Calcutta medical institutions reports 1892-1900
Year: 1892
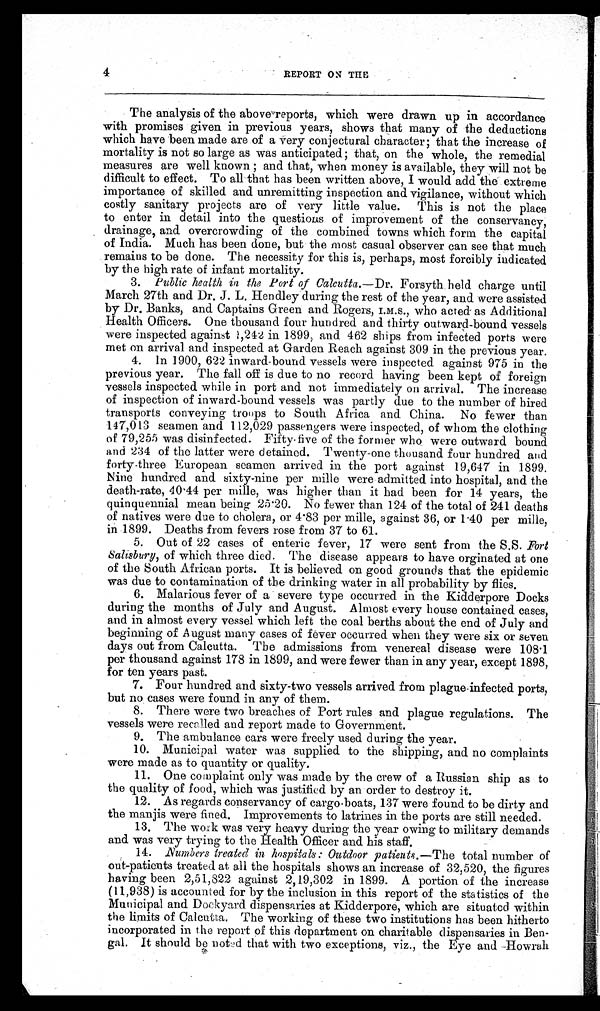
4
REPORT ON THE
The analysis of the above reports, which were drawn up in accordance
with promises given in previous years, shows that many of the deductions
which have been made are of a very conjectural character; that the increase of
mortality is not so large as was anticipated ; that, on the whole, the remedial
measures are well known ; and that, when money is available, they will not be
difficult to effect. To all that has been written above, I would add the extreme
importance of skilled and unremitting inspection and vigilance, without which
costly sanitary projects are of very little value. This is not the place
to enter in detail into the questions of improvement of the conservancy,
drainage, and overcrowding of the combined towns which form the capital
of India. Much has been done, but the most casual observer can see that much
remains to be done. The necessity for this is, perhaps, most forcibly indicated
by the high rate of infant mortality.
3.
Public health in the Port of Calcutta.—Dr. Forsyth held charge until
March 27th and Dr. J. L. Hendley during the rest of the year, and were assisted
by Dr. Banks, and Captains Green and Rogers, I.M.S., who acted as Additional
Health Officers. One thousand four hundred and thirty outward-bound vessels
were inspected against 1,242 in 1899, and 462 ships from infected ports were
met on arrival and inspected at Garden Reach against 309 in the previous year.
4. In 1900, 622 inward-bound vessels were inspected against 975 in the
previous year. The fall off is due to no record having been kept of foreign
vessels inspected while in port and not immediately on arrival. The increase
of inspection of inward-bound vessels was partly due to the number of hired
transports conveying troops to South Africa and China. No fewer than
147,013 seamen and 112,029 passengers were inspected, of whom the clothing
of 79,255 was disinfected. Fifty-five of the former who were outward bound
and 234 of the latter were detained. Twenty-one thousand four hundred and
forty-three European seamen arrived in the port against 19,647 in 1899.
Nine hundred and sixty-nine per mille were admitted into hospital, and the
death-rate, 40.44 per mille, was higher than it had been for 14 years, the
quinquennial mean being 25.20. No fewer than 124 of the total of 241 deaths
of natives were due to cholera, or 4.83 per mille, against 36, or 1.40 per mille,
in 1899. Deaths from fevers rose from 37 to 61.
5. Out of 22 cases of enteric fever, 17 were sent from the S.S. Fort
Salisbury, of which three died. The disease appears to have orginated at one
of the South African ports. It is believed on good grounds that the epidemic
was due to contamination of the drinking water in all probability by flies.
6. Malarious fever of a severe type occurred in the Kidderpore Docks
during the months of July and August. Almost every house contained cases,
and in almost every vessel which left the coal berths about the end of July and
beginning of August many cases of fever occurred when they were six or seven
days out from Calcutta. The admissions from venereal disease were 108.1
per thousand against 178 in 1899, and were fewer than in any year, except 1898,
for ten years past.
7. Four hundred and sixty-two vessels arrived from plague-infected ports,
but no cases were found in any of them.
8. There were two breaches of Port rules and plague regulations. The
vessels were recalled and report made to Government.
9. The ambulance cars were freely used during the year.
10. Municipal water was supplied to the shipping, and no complaints
were made as to quantity or quality.
11. One complaint only was made by the crew of a Russian ship as to
the quality of food, which was justified by an order to destroy it.
12. As regards conservancy of cargo-boats, 137 were found to be dirty and
the manjis were fined. Improvements to latrines in the ports are still needed.
13. The work was very heavy during the year owing to military demands
and was very trying to the Health Officer and his staff.
14. Numbers treated in hospitals : Outdoor patients.— The total number of
out-patients treated at all the hospitals shows an increase of 32,520, the figures
having been 2,51,822 against 2,19,302 in 1899. A portion of the increase
(11,938) is accounted for by the inclusion in this report of the statistics of the
Municipal and Dockyard dispensaries at Kidderpore, which are situated within
the limits of Calcutta. The working of these two institutions has been hitherto
incorporated in the report of this department on charitable dispensaries in Ben
-gal. It should be noted that with two exceptions, viz., the Eye and Howrah